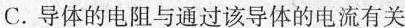
C.导体的电阻与通过该导体的电流有关